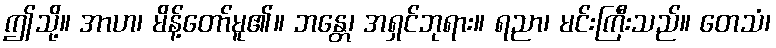
ဤသို့။ အာဟ၊ မိန့်တော်မူ၏။ ဘန္တေ၊ အရှင်ဘုရား။ ရညာ၊ မင်းကြီးသည်။ တေသံ၊